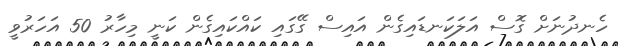
ހެނދުނަށް ގޮސް އަލަކަނޑައިގެން އައިސް ގޭގައި ކައްކައިގެން ކަނީ މިހާރު 50 އަހަރުވީ